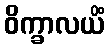
ဝိက္ခာလယိံ